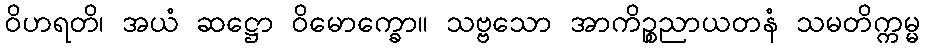
ဝိဟရတိ၊ အယံ ဆဋ္ဌော ဝိမောက္ခော။ သဗ္ဗသော အာကိဉ္စညာယတနံ သမတိက္ကမ္မ